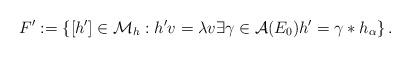
LaTeX: \begin{align*}F':=\left\{[h']\in\mathcal M_h : h'v = \lambda v \exists \gamma \in \mathcal A(E_0) h' = \gamma*h_{\alpha}\right\}. \end{align*}